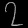
Digit: ၇